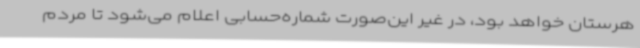
هرستان خواهد بود، در غیر این‌صورت شماره‌حسابی اعلام می‌شود تا مردم